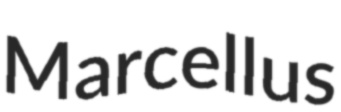
Marcellus